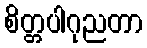
စိတ္တပါဂုညတာ